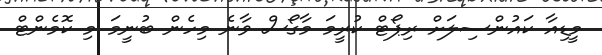
މީޑިއާ ކައުންސިލަށް ރިޕޯޓް ކުރީމަ މާގޯސް ވާނެ މިހެން ބުނީމަ މި ކޮމެންޓް